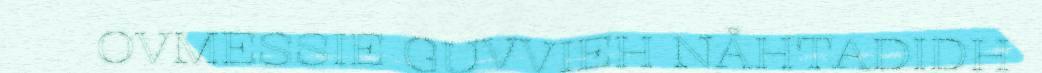
OVMESSIE GUVVIEH NÅHTADIDH